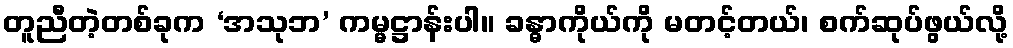
တူညီတဲ့တစ်ခုက ‘အသုဘ’ ကမ္မဋ္ဌာန်းပါ။ ခန္ဓာကိုယ်ကို မတင့်တယ်၊ စက်ဆုပ်ဖွယ်လို့